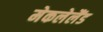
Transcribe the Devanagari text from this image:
मेकलेलैंड